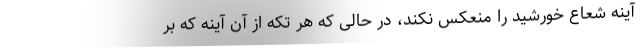
آینه شعاع خورشید را منعکس نکند، در حالی که هر تکه از آن آینه که بر